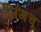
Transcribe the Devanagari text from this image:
जिंगचू